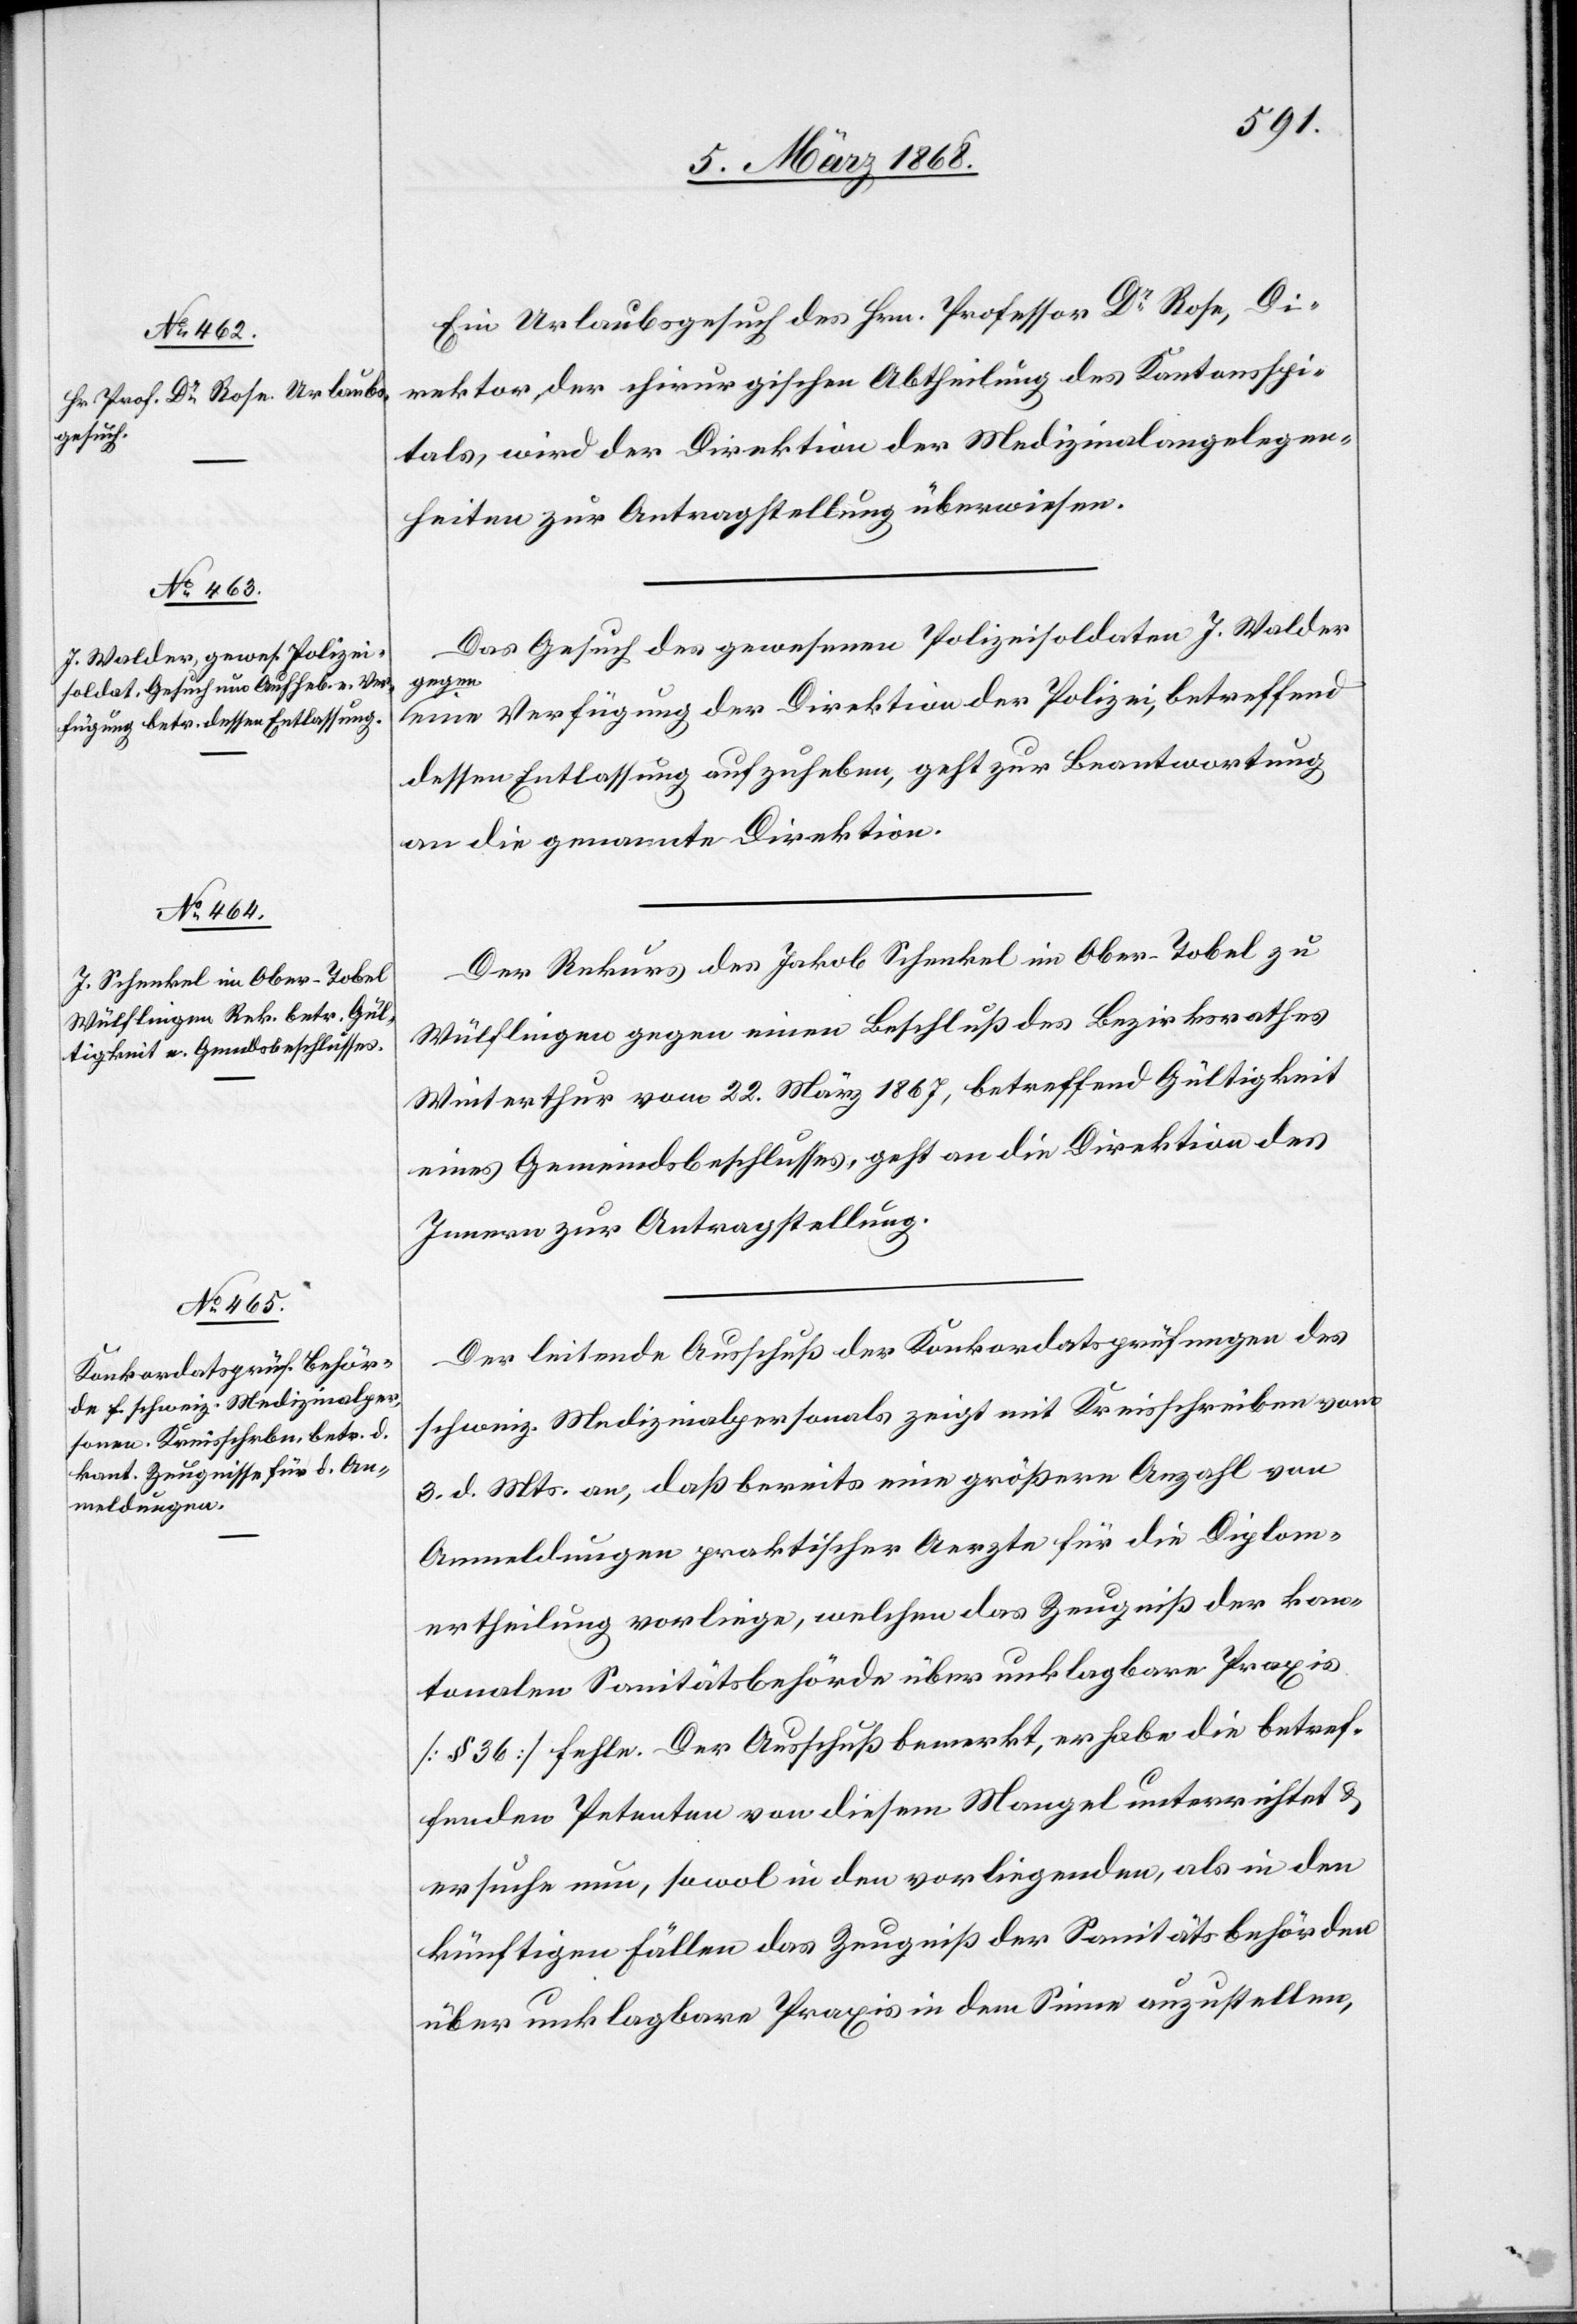
9. März 1868.]
Ein Urlaubsgesuch des Hrn. Professor Dr. Rose, Di¬
rektor der chirurgischen Abtheilung des Kantonsspi¬
tals, wird der Direktion der Medizinalangelegen¬
heiten zur Antragstellung überwiesen.
Das Gesuch des gewesenen Polizeisoldaten J. Walder
gegen
eine Verfügung der Direktion der Polizei, betreffend
dessen Entlassung aufzuheben, geht zur Beantwortung
an die genannte Direktion.
Der Rekurs des Jakob Schenkel im Ober-Tobel zu
Wülflingen gegen einen Beschluß des Bezirksrathes
Winterthur vom 22. März 1867, betreffend Gültigkeit
eines Gemeindsbeschlusses, geht an die Direktion des
Innern zur Antragstellung.